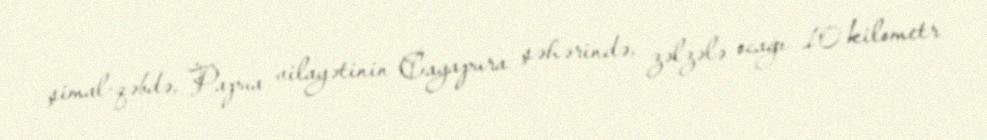
şimal-qəbdə, Papua vilayətinin Cayapura şəhərində, zəlzələ ocağı 10 kilometr